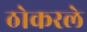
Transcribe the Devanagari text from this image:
ठोकरले